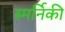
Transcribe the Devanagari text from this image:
स्मर्निकी